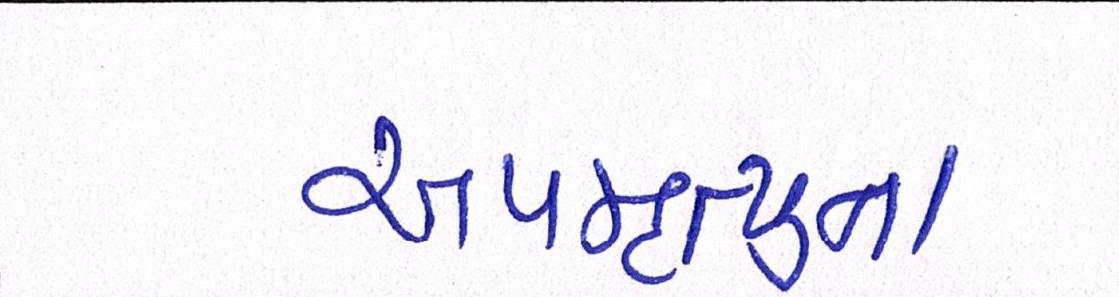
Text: અપમૃત્યુના